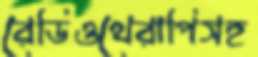
রেডিওথেরাপিসহ